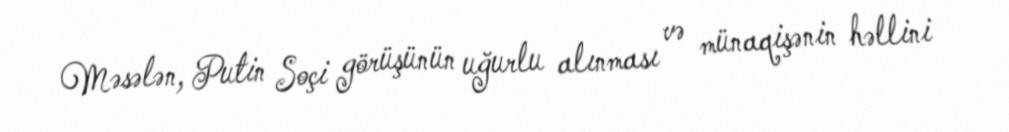
Məsələn, Putin Soçi görüşünün uğurlu alınması və münaqişənin həllini